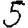
Digit: 5